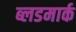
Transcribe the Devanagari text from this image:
ब्लडमार्क